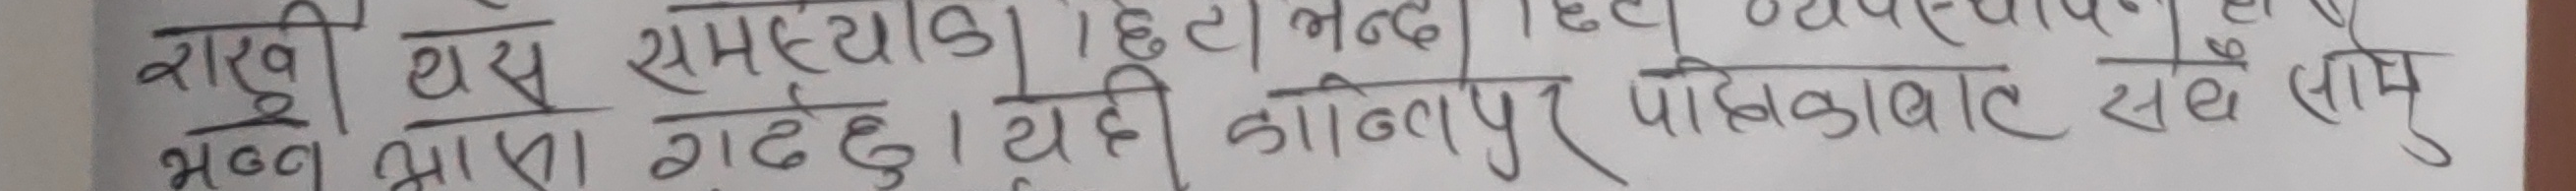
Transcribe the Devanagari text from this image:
राखी यस समस्यालाई हटा भन्दै
भन्न थाल गडदछु। येही कान्तिपुर पत्रिकाबाट सवै (साम)